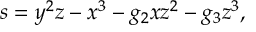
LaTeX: s = y ^ { 2 } z - x ^ { 3 } - g _ { 2 } x z ^ { 2 } - g _ { 3 } z ^ { 3 } ,